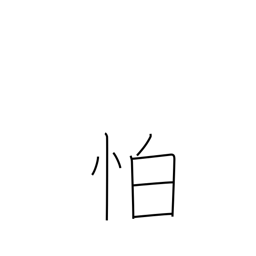
Meaning: afraid